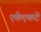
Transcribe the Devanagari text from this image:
एकेएकटे